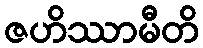
ဇဟိဿာမီတိ